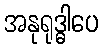
အနုရုဒ္ဓါပေ